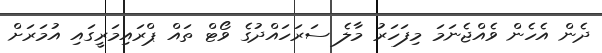
ދެން އެހެން ވެއްޖެނަމަ މިފަހަރު މާލެ ސަރަހައްދުގެ ވޯޓް ތައް ޕްރައިމަރީގައި އުމަރަށް